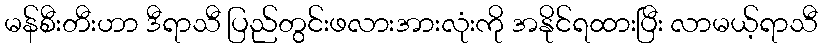
မန်စီးတီးဟာ ဒီရာသီ ပြည်တွင်းဖလားအားလုံးကို အနိုင်ရထားပြီး လာမယ့်ရာသီ